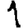
Digit: 1